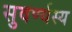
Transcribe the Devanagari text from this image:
सुवर्ण्यस्य